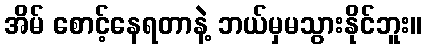
အိမ် စောင့်နေရတာနဲ့ ဘယ်မှမသွားနိုင်ဘူး။